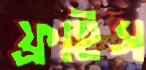
ফ্রাইস